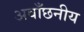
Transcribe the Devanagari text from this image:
अवाँछनीय